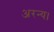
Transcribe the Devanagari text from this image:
अरन्य।